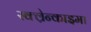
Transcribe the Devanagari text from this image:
स्क्ल्रेन्काइमा